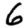
Digit: 6